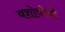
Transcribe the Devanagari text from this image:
यशोधरेची